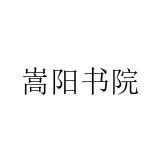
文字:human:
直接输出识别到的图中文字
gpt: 嵩阳书院